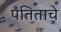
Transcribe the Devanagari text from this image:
पतिताचे